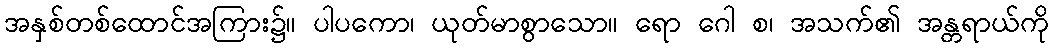
အနှစ်တစ်ထောင်အကြား၌။ ပါပကော၊ ယုတ်မာစွာသော။ ရော ဂေါ စ၊ အသက်၏ အန္တရာယ်ကို